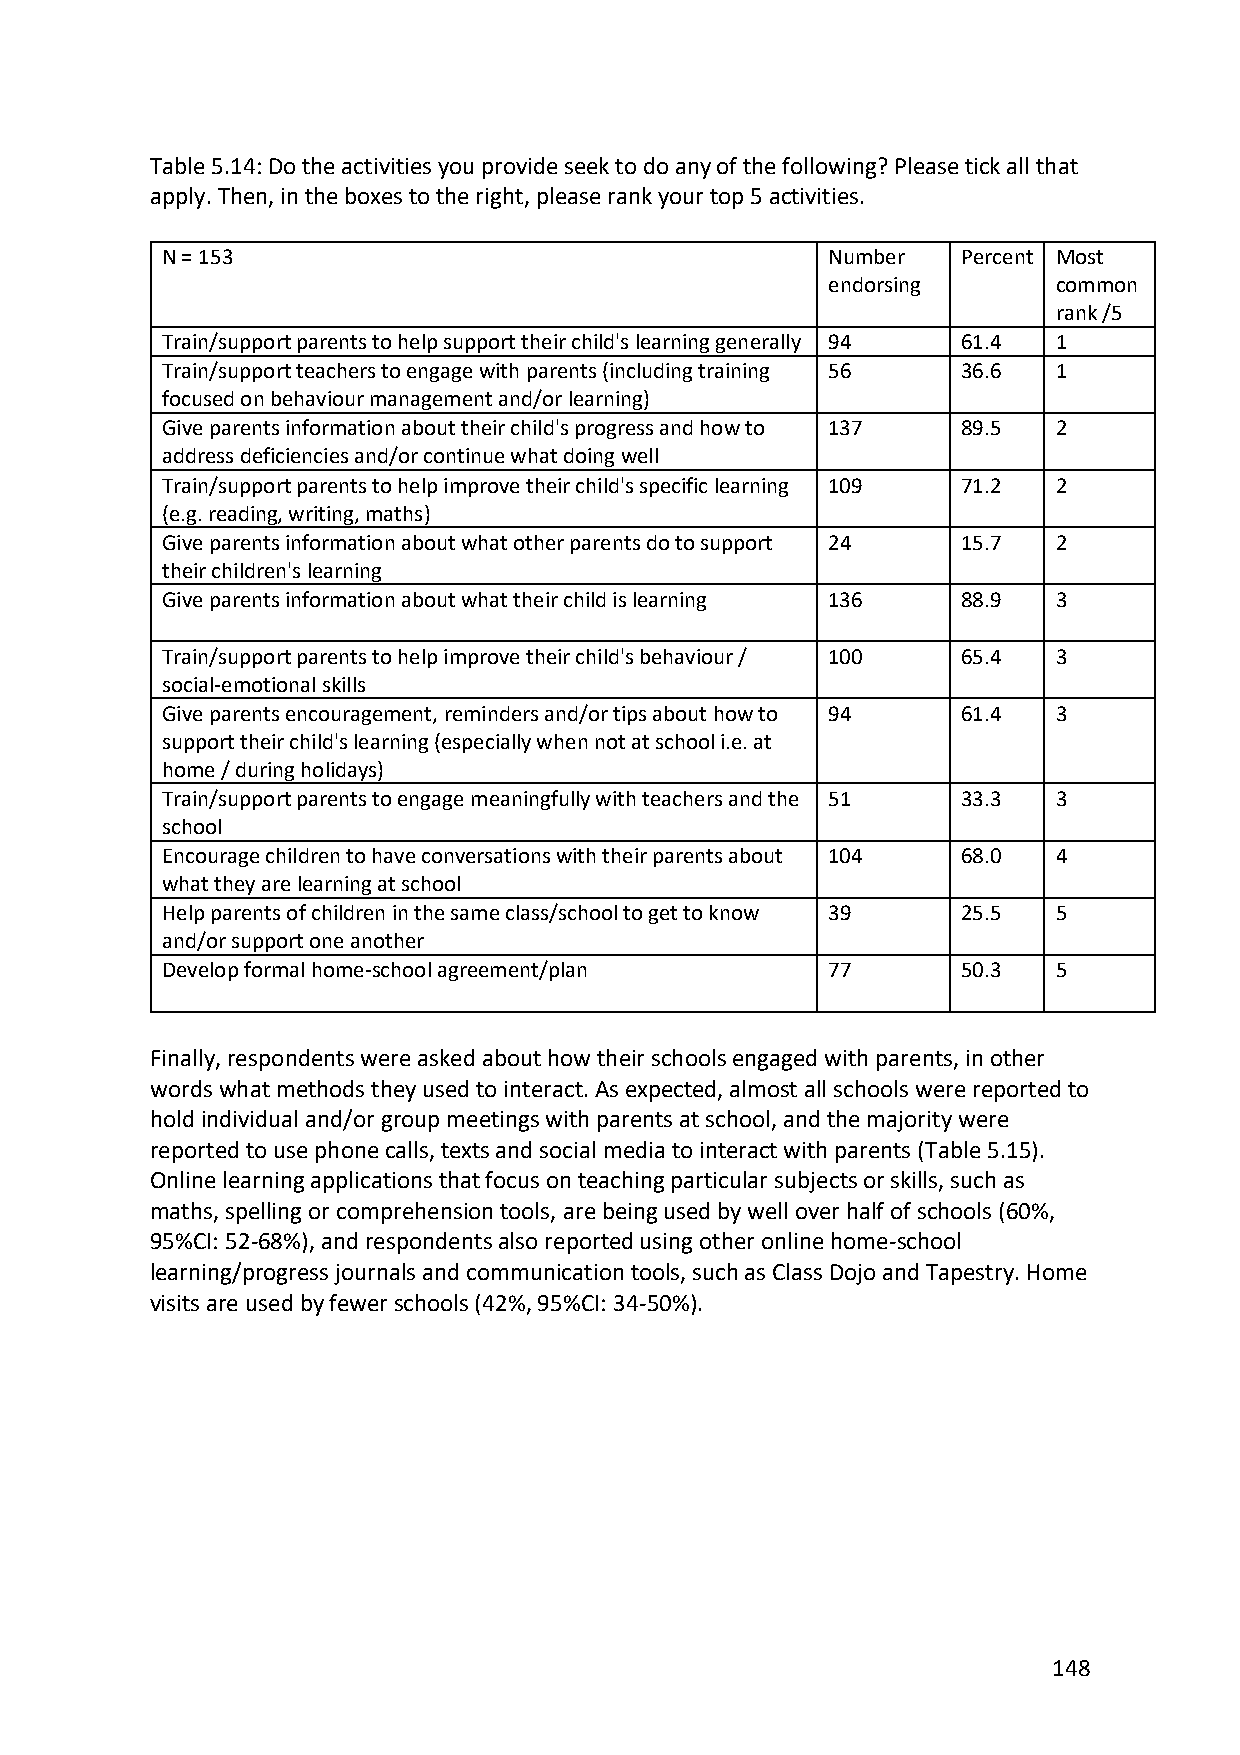
Table 5.14: Do the activities you provide seek to do any of the following? Please tick all that
 apply. Then, in the boxes to the right, please rank your top 5 activities.
 N = 153                                     Number   Percent Most
 endorsing      common
 rank /5
 Train/support parents to help support their child's learning generally 94 61.4 1
 Train/support teachers to engage with parents (including training 56 36.6 1
 focused on behaviour management and/or learning)
 Give parents information about their child's progress and how to 137 89.5 2
 address deficiencies and/or continue what doing well
 Train/support parents to help improve their child's specific learning 109 71.2 2
 (e.g. reading, writing, maths)
 Give parents information about what other parents do to support 24 15.7 2
 their children's learning
 Give parents information about what their child is learning 136 88.9 3
 Train/support parents to help improve their child's behaviour / 100 65.4 3
 social-emotional skills
 Give parents encouragement, reminders and/or tips about how to 94 61.4 3
 support their child's learning (especially when not at school i.e. at
 home / during holidays)
 Train/support parents to engage meaningfully with teachers and the 51 33.3 3
 school
 Encourage children to have conversations with their parents about 104 68.0 4
 what they are learning at school
 Help parents of children in the same class/school to get to know 39 25.5 5
 and/or support one another
 Develop formal home-school agreement/plan   77       50.3  5
 Finally, respondents were asked about how their schools engaged with parents, in other
 words what methods they used to interact. As expected, almost all schools were reported to
 hold individual and/or group meetings with parents at school, and the majority were
 reported to use phone calls, texts and social media to interact with parents (Table 5.15).
 Online learning applications that focus on teaching particular subjects or skills, such as
 maths, spelling or comprehension tools, are being used by well over half of schools (60%,
 95%CI: 52-68%), and respondents also reported using other online home-school
 learning/progress journals and communication tools, such as Class Dojo and Tapestry. Home
 visits are used by fewer schools (42%, 95%CI: 34-50%).
 148